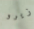
زيرو